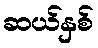
ဆယ်နှစ်